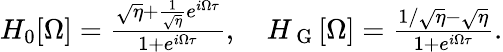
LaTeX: \begin{array}{r}{H_{0}[\Omega]=\frac{\sqrt{\eta}+\frac{1}{\sqrt{\eta}}e^{i\Omega\tau}}{1+e^{i\Omega\tau}},\quad H_{\mathrm{~G~}}[\Omega]=\frac{1/\sqrt{\eta}-\sqrt{\eta}}{1+e^{i\Omega\tau}}.}\end{array}